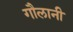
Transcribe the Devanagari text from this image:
गौलानी